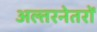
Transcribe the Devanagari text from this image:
अल्तरनेतरों